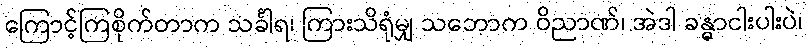
ကြောင့်ကြစိုက်တာက သင်္ခါရ၊ ကြားသိရုံမျှ သဘောက ဝိညာဏ်၊ အဲဒါ ခန္ဓာငါးပါးပဲ၊